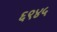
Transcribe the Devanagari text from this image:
६९४५